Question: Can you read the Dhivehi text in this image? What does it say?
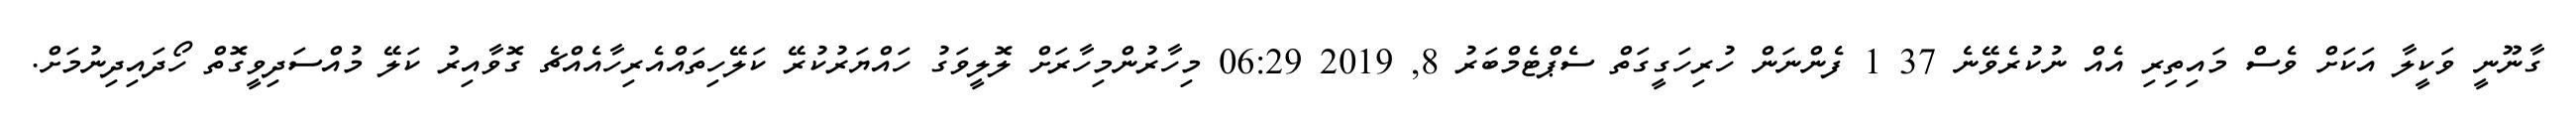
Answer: ގާނޫނީ ވަކީލާ އަކަށް ވެސް މައިތިރި އެއް ނުކުރެވޭނެ 37 1 ފެންނަން ހުރިހަގީގަތް ސެޕްޓެމްބަރު 8, 2019 06:29 މިހާރުންމިހާރަށް ލޮލީވަގު ހައްޔަރުކުރޭ ކަލޭހިތައްއެރިހާއެއްޗެ ގޮވާއިރު ކަލޭ މުއްސަދިވީގޮތް ހޯދައިދިނުމަށް.